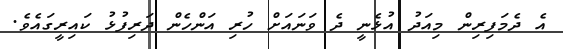
އެ ދެމަފިރިން މިއަދު އުޅެނީ ދެ ވަނައަށް ހުރި އަންހެން ދަރިފުޅު ކައިރީގައެވެ.